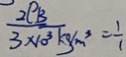
\frac { 2 \rho _ { B } } { 3 \times 1 0 ^ { 3 } k g / m ^ { 3 } } = \frac { 1 } { 1 }